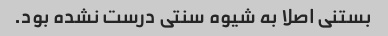
بستنی اصلا به شیوه سنتی درست نشده بود.